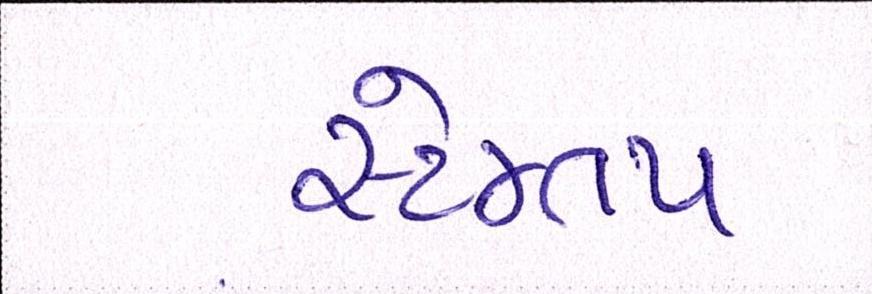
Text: સ્ટેમ્તપ